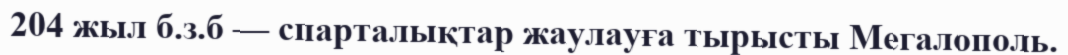
204 жыл б.з.б — спарталықтар жаулауға тырысты Мегалополь.